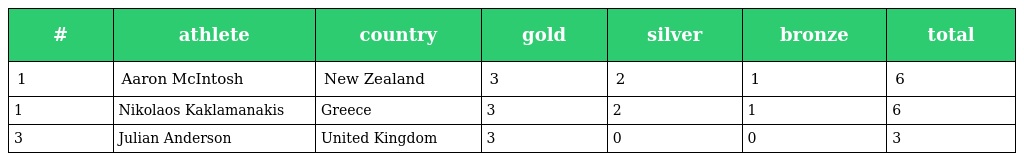
| # | athlete | country | gold | silver | bronze | total |
 | --- | --- | --- | --- | --- | --- | --- |
 | 1 | Aaron McIntosh | New Zealand | 3 | 2 | 1 | 6 |
 | 1 | Nikolaos Kaklamanakis | Greece | 3 | 2 | 1 | 6 |
 | 3 | Julian Anderson | United Kingdom | 3 | 0 | 0 | 3 |